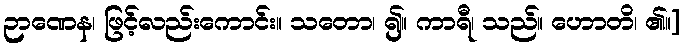
ဉာဏေန၊ ဖြင့်လည်းကောင်း။ သတော၊ ၍။ ကာရီ၊ သည်။ ဟောတိ၊ ၏။]